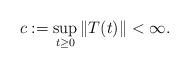
LaTeX: \begin{align*}c := \sup_{t \geq 0}\|T(t)\|< \infty.\end{align*}